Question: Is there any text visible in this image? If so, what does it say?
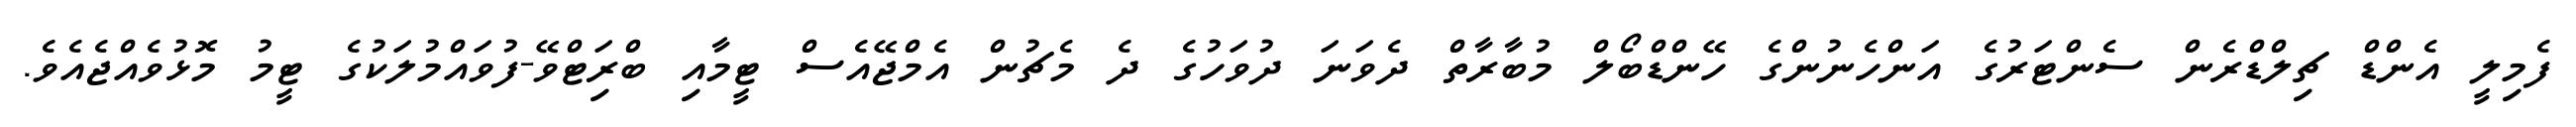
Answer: ފެމިލީ އެންޑް ޗިލްޑްރެން ސެންޓަރުގެ އަންހެނުންގެ ހޭންޑްބޯލް މުބާރާތް ދެވަނަ ދުވަހުގެ ދެ މެޗުން އެމްޖޭއެސް ޓީމާއި ބްރަިޓްވޭ-ފުވައްމުލަކުގެ ޓީމު މޮޅުވެއްޖެއެވެ.